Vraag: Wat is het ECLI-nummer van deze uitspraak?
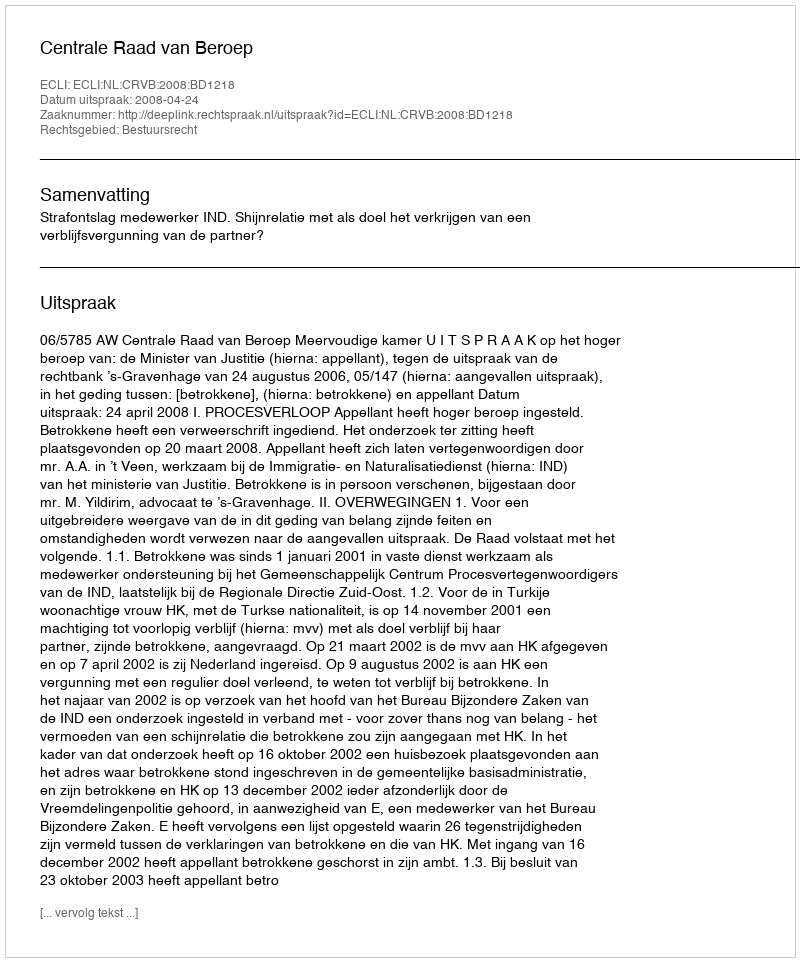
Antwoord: ECLI:NL:CRVB:2008:BD1218